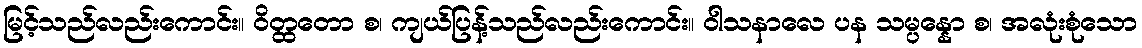
မြင့်သည်လည်းကောင်း။ ဝိတ္ထတော စ၊ ကျယ်ပြန့်သည်လည်းကောင်း။ ဝါသနာလေ ပန သမ္ပန္နော စ၊ အလုံးစုံသော